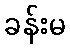
ခန်းမ